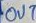
Text: OUT